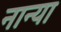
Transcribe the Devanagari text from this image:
नान्या